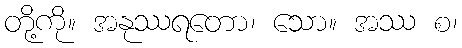
တို့ကို။ အနုဿရတော၊ သော။ အဿ စ၊